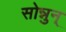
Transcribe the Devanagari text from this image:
सोन्नुन्